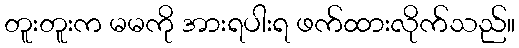
တူးတူးက မမကို အားရပါးရ ဖက်ထားလိုက်သည်။